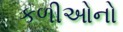
કળીઓનો